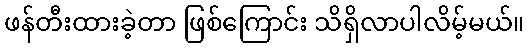
ဖန်တီးထားခဲ့တာ ဖြစ်ကြောင်း သိရှိလာပါလိမ့်မယ်။